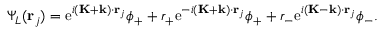
\Psi _ { L } ( \mathbf { r } _ { j } ) = \mathrm { e } ^ { i ( \mathbf { K } + \mathbf { k } ) \cdot \mathbf { r } _ { j } } \phi _ { + } + r _ { + } \mathrm { e } ^ { - i ( \mathbf { K } + \mathbf { k } ) \cdot \mathbf { r } _ { j } } \phi _ { + } + r _ { - } \mathrm { e } ^ { i ( \mathbf { K } - \mathbf { k } ) \cdot \mathbf { r } _ { j } } \phi _ { - } .